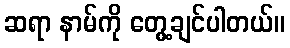
ဆရာ နာမ်ကို တွေ့ချင်ပါတယ်။